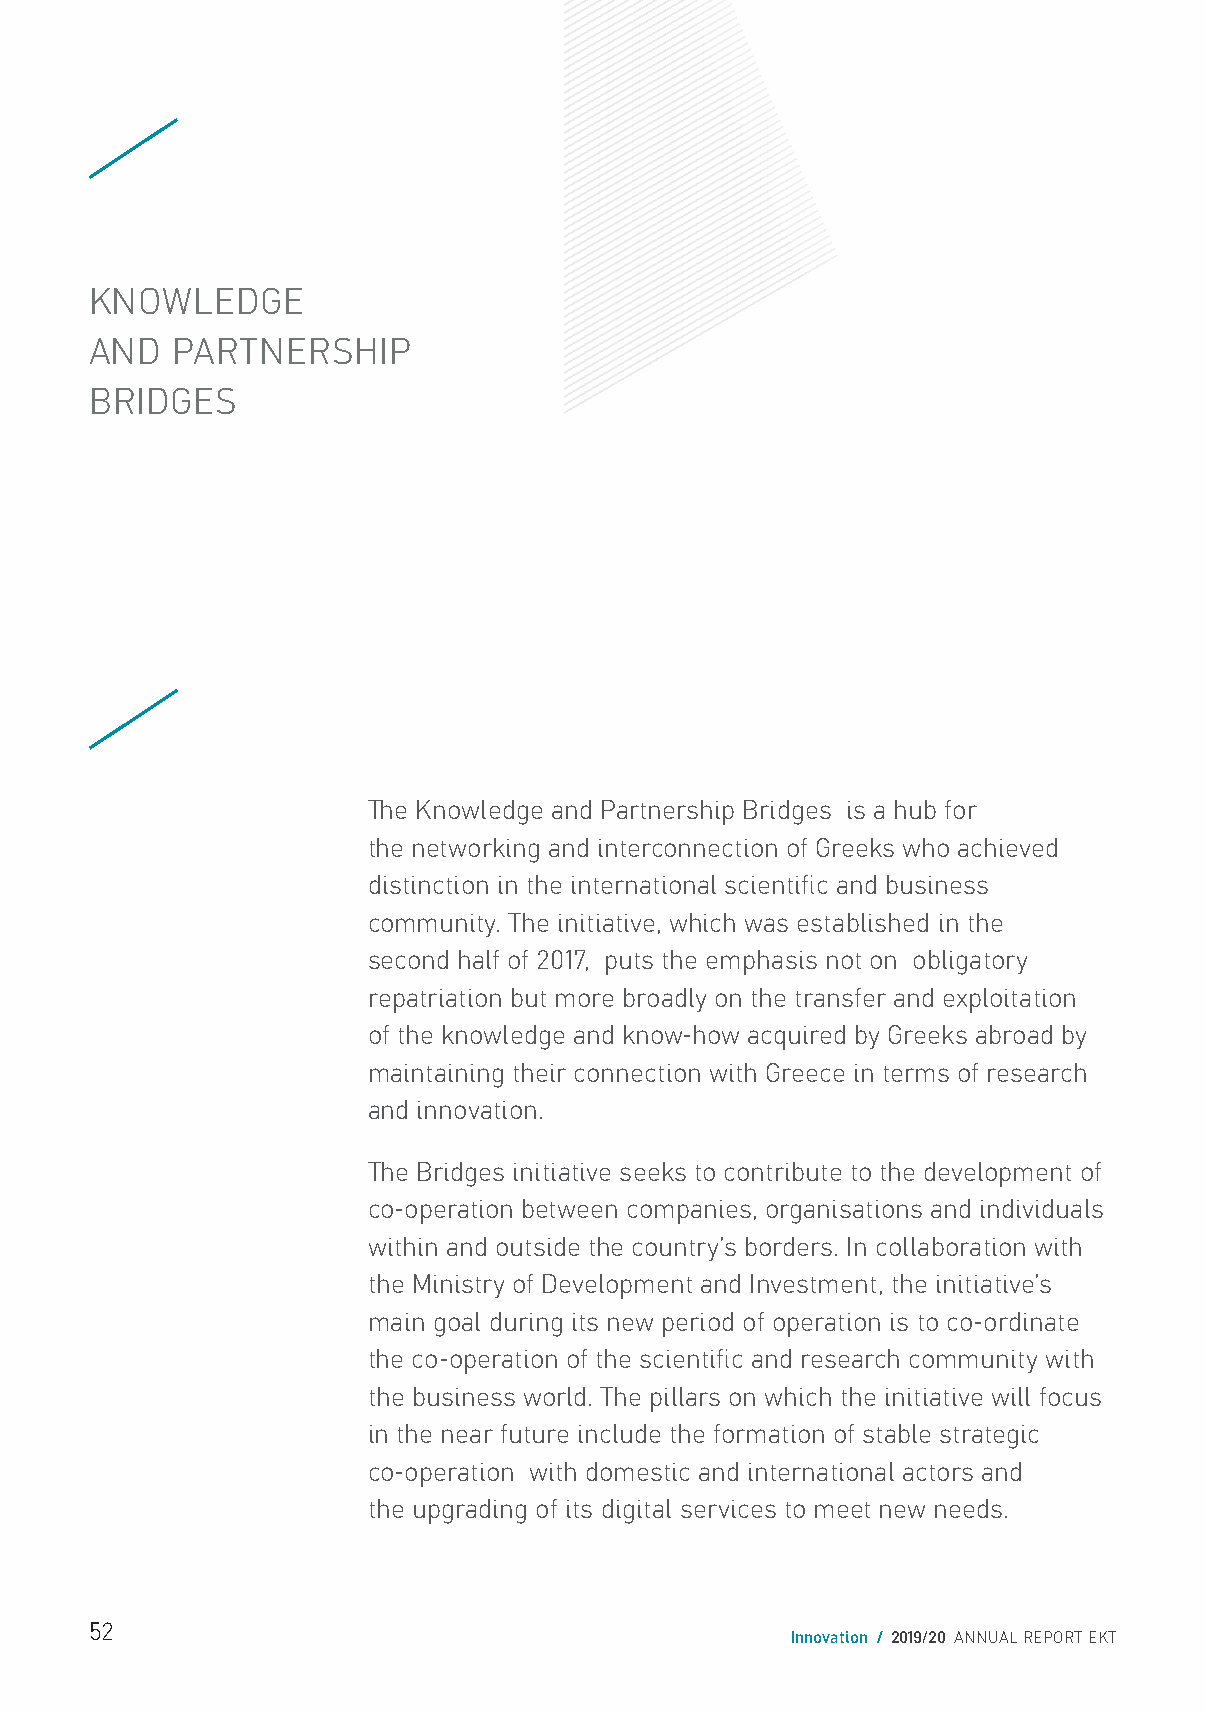
KNOWLEDGE
 AND  PARTNERSHIP
 BRIDGES
 The Knowledge and Partnership Bridges is a hub for
 the networking and interconnection of Greeks who achieved
 distinction in the international scientific and business
 community. The initiative, which was established in the
 second half of 2017, puts the emphasis not on obligatory
 repatriation but more broadly on the transfer and exploitation
 of the knowledge and know-how acquired by Greeks abroad by
 maintaining their connection with Greece in terms of research
 and innovation.
 The Bridges initiative seeks to contribute to the development of
 co-operation between companies, organisations and individuals
 within and outside the country’s borders. In collaboration with
 the Ministry of Development and Investment, the initiative’s
 main goal during its new period of operation is to co-ordinate
 the co-operation of the scientific and research community with
 the business world. The pillars on which the initiative will focus
 in the near future include the formation of stable strategic
 co-operation with domestic and international actors and
 the upgrading of its digital services to meet new needs.
 52
 Innovation / 2019/20 ANNUAL REPORT EKT